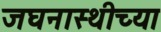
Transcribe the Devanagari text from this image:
जघनास्थीच्या